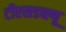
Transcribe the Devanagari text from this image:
टीएसडब्ल्यू